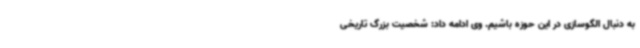
به دنبال الگوسازی در این حوزه باشیم. وی ادامه داد: شخصیت بزرگ تاریخی